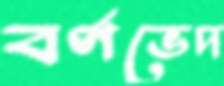
বর্ণভেদ